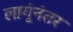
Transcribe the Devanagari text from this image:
लागूंनंतर